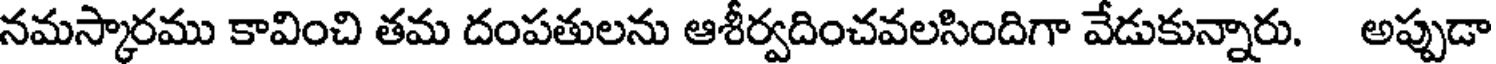
నమస్కారము కావించి తమ దంపతులను ఆశీర్వదించవలసిందిగా వేడుకున్నారు. అప్పుడా